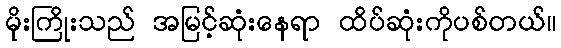
မိုးကြိုးသည် အမြင့်ဆုံးနေရာ ထိပ်ဆုံးကိုပစ်တယ်။